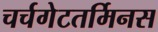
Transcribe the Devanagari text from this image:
चर्चगेटतर्मिनस